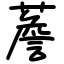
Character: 薝